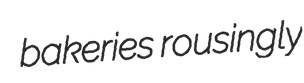
bakeries rousingly